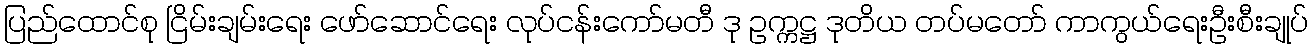
ပြည်ထောင်စု ငြိမ်းချမ်းရေး ဖော်ဆောင်ရေး လုပ်ငန်းကော်မတီ ဒု ဥက္ကဋ္ဌ ဒုတိယ တပ်မတော် ကာကွယ်ရေးဦးစီးချုပ်